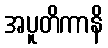
အပူတိကာနိ